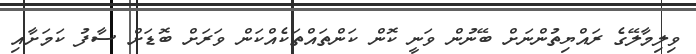
ވިލިމާލޭގެ ރައްޔިތުންނަށް ބޭނުން ވަނީ ކޮން ކަންތައްތަކެއްކަން ވަރަށް ބޮޑަށް ސާފު ކަމަށާއި